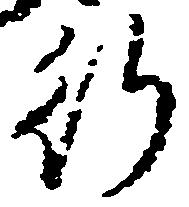
行